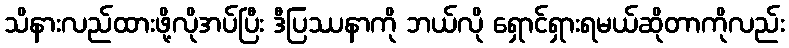
သိနားလည်ထားဖို့လိုအပ်ပြီး ဒီပြဿနာကို ဘယ်လို ရှောင်ရှားရမယ်ဆိုတာကိုလည်း